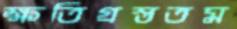
ক্ষতিগ্রস্ততম